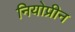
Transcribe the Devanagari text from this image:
नियोप्रीन